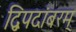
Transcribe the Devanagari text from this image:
द्विपदांबरम्